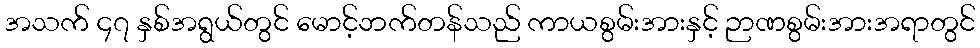
အသက် ၄၇ နှစ်အရွယ်တွင် မောင့်ဘက်တန်သည် ကာယစွမ်းအားနှင့် ဉာဏစွမ်းအားအရာတွင်